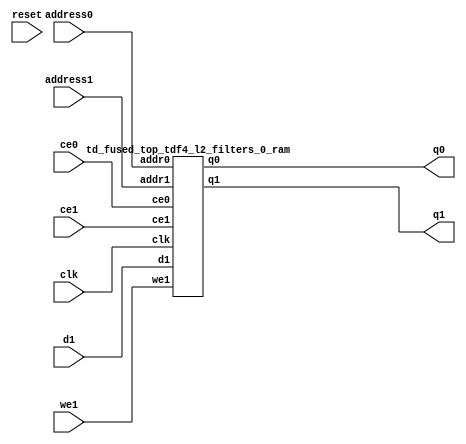
`define EXPONENT 5
`define MANTISSA 10
`define ACTUAL_MANTISSA 11
`define EXPONENT_LSB 10
`define EXPONENT_MSB 14
`define MANTISSA_LSB 0
`define MANTISSA_MSB 9
`define MANTISSA_MUL_SPLIT_LSB 3
`define MANTISSA_MUL_SPLIT_MSB 9
`define SIGN 1
`define SIGN_LOC 15
`define DWIDTH (`SIGN+`EXPONENT+`MANTISSA)
`define IEEE_COMPLIANCE 1

module td_fused_top_tdf4_l2_filters_0(
    reset,
    clk,
    address0,
    ce0,
    q0,
    address1,
    ce1,
    we1,
    d1,
    q1);

parameter DataWidth = 32'd16;
parameter AddressRange = 32'd1024;
parameter AddressWidth = 32'd10;
input reset;
input clk;
input[AddressWidth - 1:0] address0;
input ce0;
output[DataWidth - 1:0] q0;
input[AddressWidth - 1:0] address1;
input ce1;
input we1;
input[DataWidth - 1:0] d1;
output[DataWidth - 1:0] q1;



td_fused_top_tdf4_l2_filters_0_ram td_fused_top_tdf4_l2_filters_0_ram_U(
    .clk( clk ),
    .addr0( address0 ),
    .ce0( ce0 ),
    .q0( q0 ),
    .addr1( address1 ),
    .ce1( ce1 ),
    .we1( we1 ),
    .d1( d1 ),
    .q1( q1 )
);

endmodule
module td_fused_top_tdf4_l2_filters_0_ram (addr0, ce0, q0, addr1, ce1, d1, we1, q1,  clk);

parameter DWIDTH = 16;
parameter AWIDTH = 10;
parameter MEM_SIZE = 1024;

input[AWIDTH-1:0] addr0;
input ce0;
output reg[DWIDTH-1:0] q0;
input[AWIDTH-1:0] addr1;
input ce1;
input[DWIDTH-1:0] d1;
input we1;
output reg[DWIDTH-1:0] q1;
input clk;

 reg [DWIDTH-1:0] ram[MEM_SIZE-1:0];




always @(posedge clk)  
begin 
    if (ce0) begin
        q0 <= ram[addr0];
    end
end


always @(posedge clk)  
begin 
    if (ce1) begin
        if (we1) 
            ram[addr1] <= d1; 
        q1 <= ram[addr1];
    end
end


endmodule